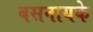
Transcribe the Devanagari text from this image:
बसनायके